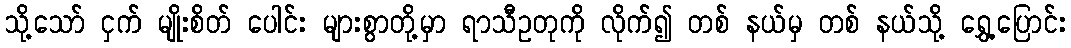
သို့သော် ငှက် မျိုးစိတ် ပေါင်း များစွာတို့မှာ ရာသီဥတုကို လိုက်၍ တစ် နယ်မှ တစ် နယ်သို့ ရွှေ့ပြောင်း